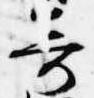
奇